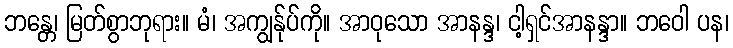
ဘန္တေ၊ မြတ်စွာဘုရား။ မံ၊ အကျွန်ုပ်ကို။ အာဝုသော အာနန္ဒ၊ ငါ့ရှင်အာနန္ဒာ။ ဘဝေါ ပန၊